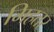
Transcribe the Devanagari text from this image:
मिहतर